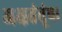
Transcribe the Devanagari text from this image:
अक्षतंतूंचा